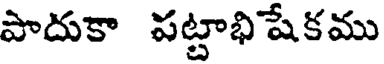
పాదుకా పట్టాభిషేకము